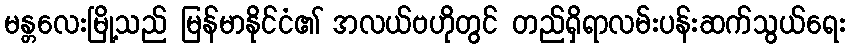
မန္တလေးမြို့သည် မြန်မာနိုင်ငံ၏ အလယ်ဗဟိုတွင် တည်ရှိရာလမ်းပန်းဆက်သွယ်ရေး